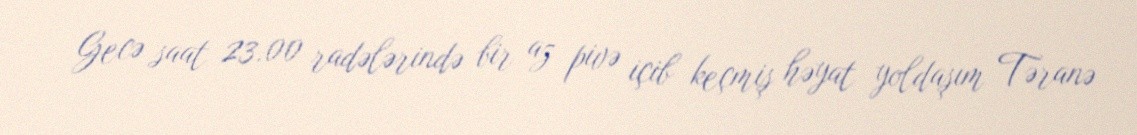
Gecə saat 23:00 radələrində bir az pivə içib keçmiş həyat yoldaşım Təranə